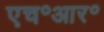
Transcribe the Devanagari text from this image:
एच॰आर॰